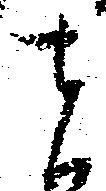
者